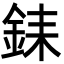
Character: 銇